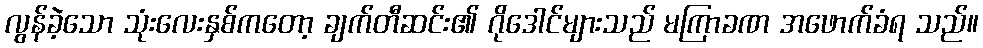
လွန်ခဲ့သော သုံးလေးနှစ်ကတော့ ချက်တီဆင်း၏ ဂိုဒေါင်များသည် မကြာခဏ အဖောက်ခံရ သည်။